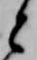
と